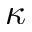
\kappa